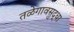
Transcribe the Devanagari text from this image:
तळेगावसुद्धा